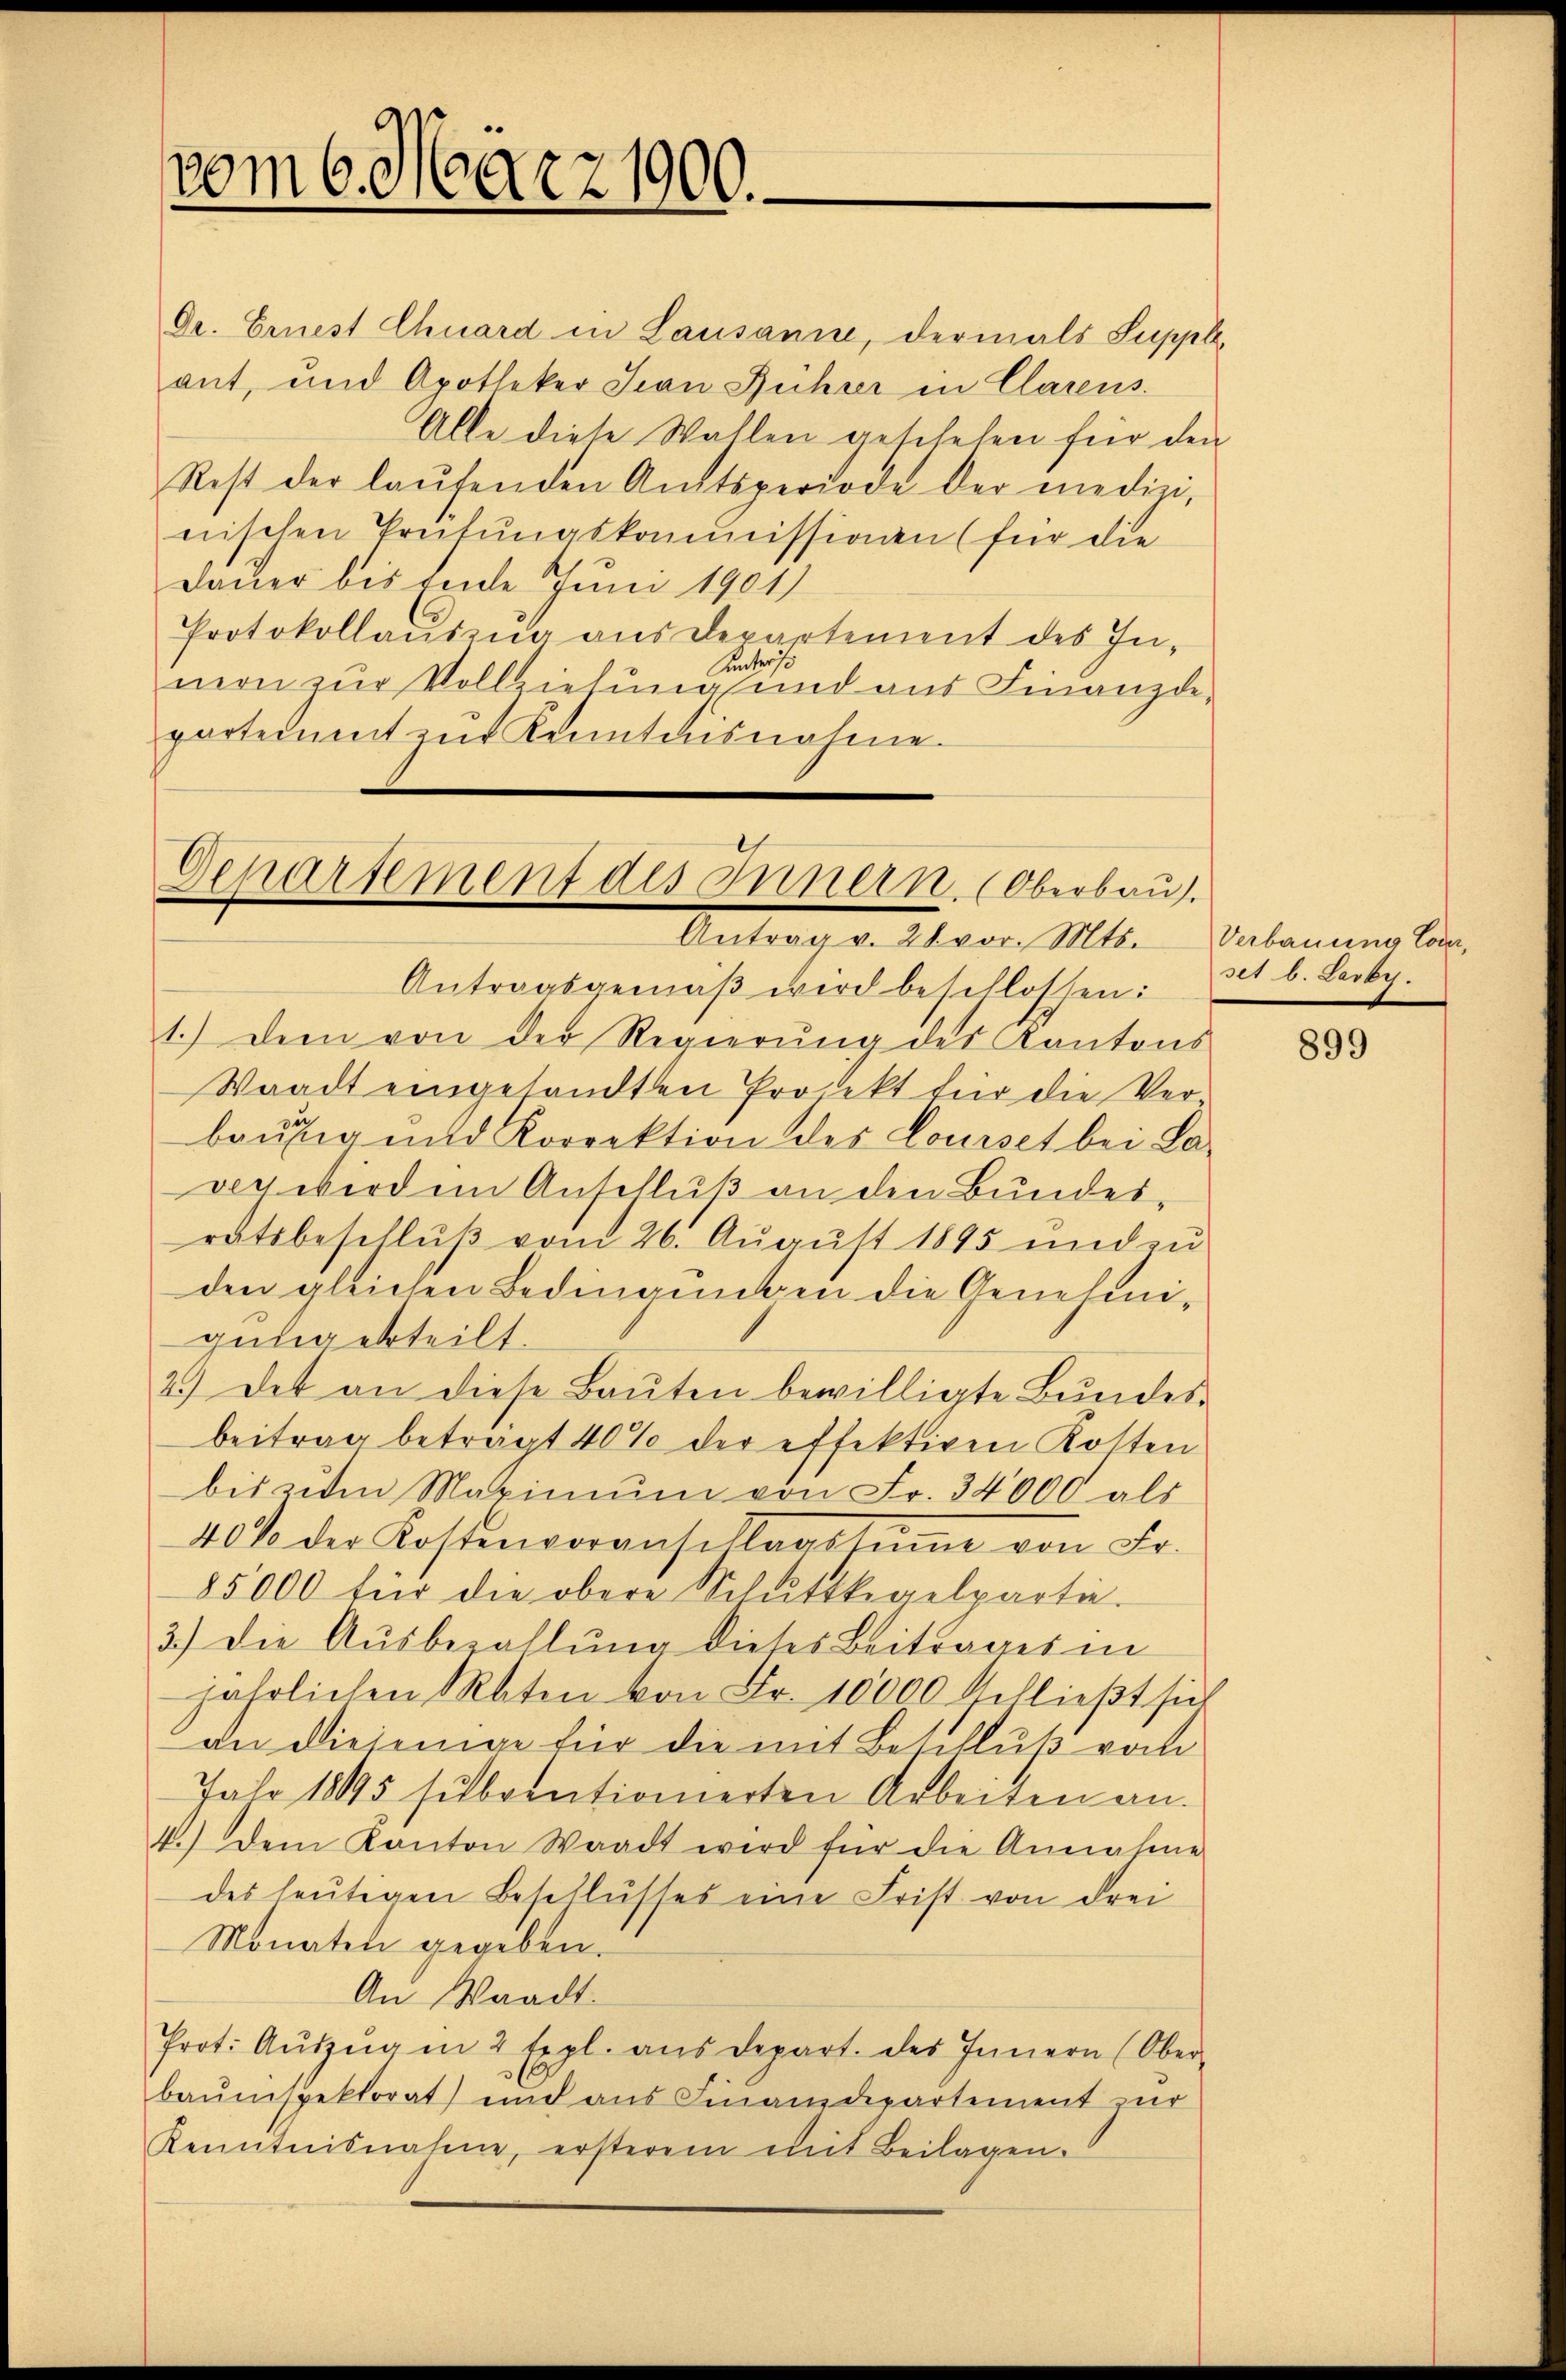
vom 6. März 1900.

Dr. Ernest Chuard in Lausanne, dermals Suppl
ant, und Apotheker San Führer in Clarens.
Alle diese Wallen geschehen für den
Rest der laŭfenden Amtsperiode der medizi-
nischen Prüfungskommissionen (für die
Dauer bis Ende Juni 1901)
Protokollauszug aus Departement des In-
Kanders
nern zur Vollziehung und aus Finanzde-
partement zur Kenntnisnahme.

Departement des Innern. (Oberbau
Antrag v. 28 vor. Mts.

Antragsgemäß wird beschlossen:
1.) Der von der Regierŭng des Kantons
Waadt eingesandten Projekt für die Verbaufig und Korrektion des Louiset bei La-
ven wirden Anschluß an den Bundesratsbeschluß vom 26. August 1895 und zu
den gleichen Bedingungen die Genehmigung erteilt.
2.) Des an diese Baŭten bewilligte Bundes-
beitrag beträgt 40% der effektiven Kosten
bis zum Maximŭm von Fr. 34000 als
40% der Kostenvoranschlagsten von Fr.
85000 für die obere Schŭttkegelpartie.
3.) Die Ausbezahlŭng dieses Beitrages in
jährlichen Maten von Fr. 10000 Schlieβt sich
an diejenige für die mit Beschluß vom
Jahr 18195 subventionierten Arbeiten an.
4.) Dem Kanton Waadt wird für die Annahme
des heutigen Beschlusses eine Frist von drei
Monaten gegeben.
An Waadt.
Prot. Aŭfzŭgin 2 Expl. aus depart. des Innern (Ober-
baŭmspektorat und aus Finanzdepartement zur
Kenntnisnahme, ersterem mit Beilagen.

Verbauung Cover,
set b. Larbe

899